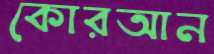
কোরআন